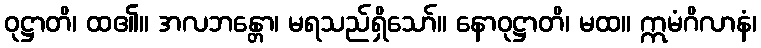
ဝုဋ္ဌာတိ၊ ထ၏။ အလဘန္တော၊ မရသည်ရှိသော်။ နောဝုဋ္ဌာတိ၊ မထ။ ဣမံဂိလာနံ၊